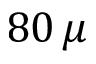
8 0 \, \mu